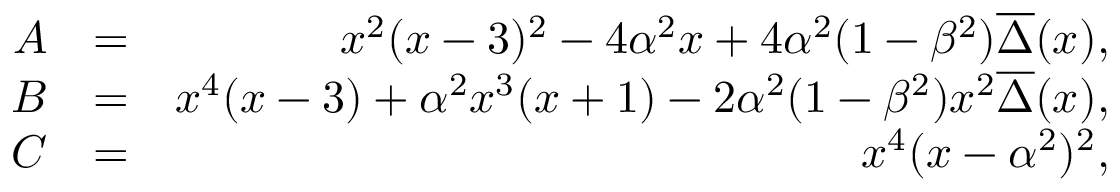
\begin{array} { r l r } { A } & { = } & { x ^ { 2 } ( x - 3 ) ^ { 2 } - 4 \alpha ^ { 2 } x + 4 \alpha ^ { 2 } ( 1 - \beta ^ { 2 } ) \overline { { \Delta } } ( x ) , } \\ { B } & { = } & { x ^ { 4 } ( x - 3 ) + \alpha ^ { 2 } x ^ { 3 } ( x + 1 ) - 2 \alpha ^ { 2 } ( 1 - \beta ^ { 2 } ) x ^ { 2 } \overline { { \Delta } } ( x ) , } \\ { C } & { = } & { x ^ { 4 } ( x - \alpha ^ { 2 } ) ^ { 2 } , } \end{array}